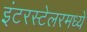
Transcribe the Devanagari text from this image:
इंटरस्टेलरमध्ये